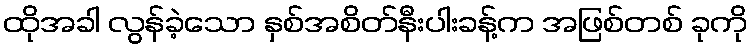
ထိုအခါ လွန်ခဲ့သော နှစ်အစိတ်နီးပါးခန့်က အဖြစ်တစ် ခုကို